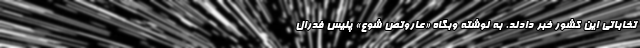
تخاباتی این کشور خبر دادند. به نوشته وبگاه «عاروتص شوع» پلیس فدرال